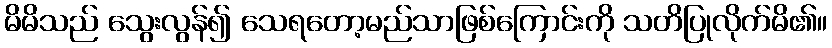
မိမိသည် သွေးလွန်၍ သေရတော့မည်သာဖြစ်ကြောင်းကို သတိပြုလိုက်မိ၏။